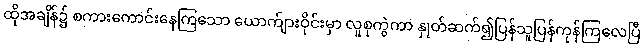
ထိုအချိန်၌ စကားကောင်းနေကြသော ယောက်ျားဝိုင်းမှာ လူစုကွဲကာ နှုတ်ဆက်၍ပြန်သူပြန်ကုန်ကြလေပြီ